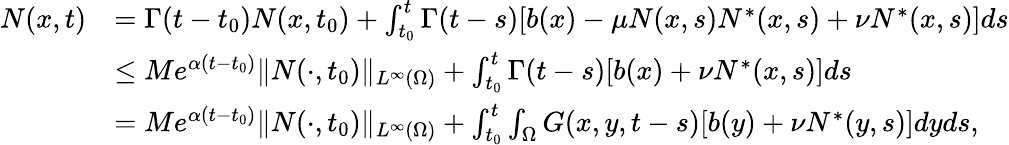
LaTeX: \begin{array}{rl}{N(x,t)}&{=\Gamma(t-t_{0})N(x,t_{0})+\int_{t_{0}}^{t}\Gamma(t-s)[b(x)-\mu N(x,s)N^{*}(x,s)+\nu N^{*}(x,s)]ds}\\ &{\le Me^{\alpha(t-t_{0})}\| N(\cdot,t_{0})\| _{L^{\infty}(\Omega)}+\int_{t_{0}}^{t}\Gamma(t-s)[b(x)+\nu N^{*}(x,s)]ds}\\ &{=Me^{\alpha(t-t_{0})}\| N(\cdot,t_{0})\| _{L^{\infty}(\Omega)}+\int_{t_{0}}^{t}\int_{\Omega}G(x,y,t-s)[b(y)+\nu N^{*}(y,s)]dyds,}\end{array}